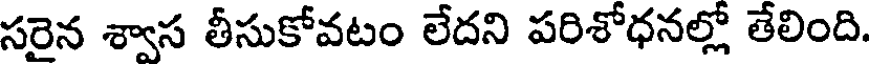
సరైన శ్వాస తీసుకోవటం లేదని పరిశోధనల్లో తేలింది.